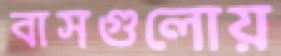
বাসগুলোয়